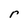
Character: r